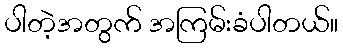
ပါတဲ့အတွက် အကြမ်းခံပါတယ်။